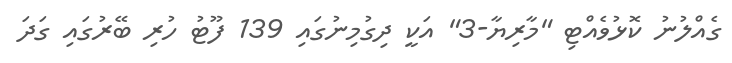
ގެއްލުނު ކޮޅުވެއްޓި "މާރިޔާ-3" އަކީ ދިގުމިނުގައި 139 ފޫޓު ހުރި ބޭރުގައި ގަދަ